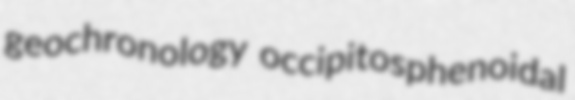
geochronology occipitosphenoidal